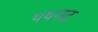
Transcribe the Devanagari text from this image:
थथगढ